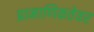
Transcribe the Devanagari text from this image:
प्रामाणिकतेवर